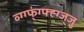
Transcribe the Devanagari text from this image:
व्ग्ग्फ्॑ग्फ्ह्ग्ज्जु